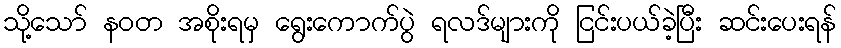
သို့သော် နဝတ အစိုးရမှ ရွေးကောက်ပွဲ ရလဒ်များကို ငြင်းပယ်ခဲ့ပြီး ဆင်းပေးရန်